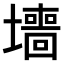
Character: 𫮶